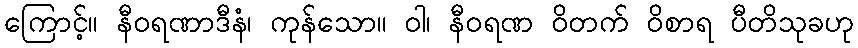
ကြောင့်။ နီဝရဏာဒီနံ၊ ကုန်သော။ ဝါ၊ နီဝရဏ ဝိတက် ဝိစာရ ပီတိသုခဟု